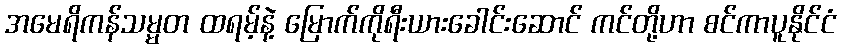
အမေရိကန်သမ္မတ ထရမ့်နဲ့ မြောက်ကိုရီးယားခေါင်းဆောင် ကင်တို့ဟာ စင်ကာပူနိုင်ငံ